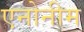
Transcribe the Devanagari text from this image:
एनोनीम